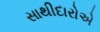
સાથીદારોએ